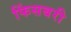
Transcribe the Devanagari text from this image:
फिंसबरी